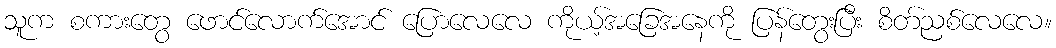
သူက စကားတွေ ဖောင်လောက်အောင် ပြောလေလေ ကိုယ့်အခြေအနေကို ပြန်တွေးပြီး စိတ်ညစ်လေလေ။